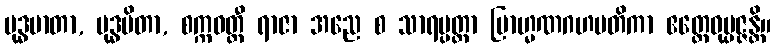
ဗုဒ္ဓမာတာ, ဗုဒ္ဓပိတာ, စက္ကဝတ္တီ ရာဇာ အညေ စ သာရပ္ပတ္တာ ဗြာဟ္မဏဂဟပတိကာ ဧတ္ထေဝုပ္ပဇ္ဇန္တိ။